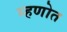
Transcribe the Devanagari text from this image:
म्हणोत